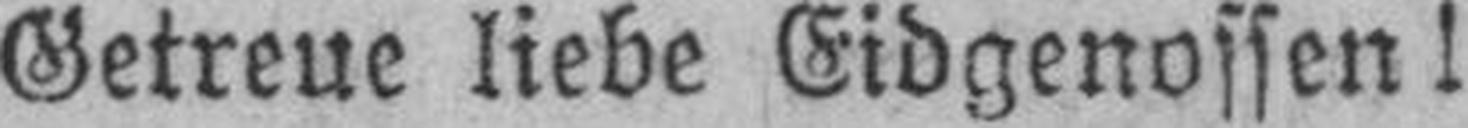
Getreue liebe Eidgenossen!